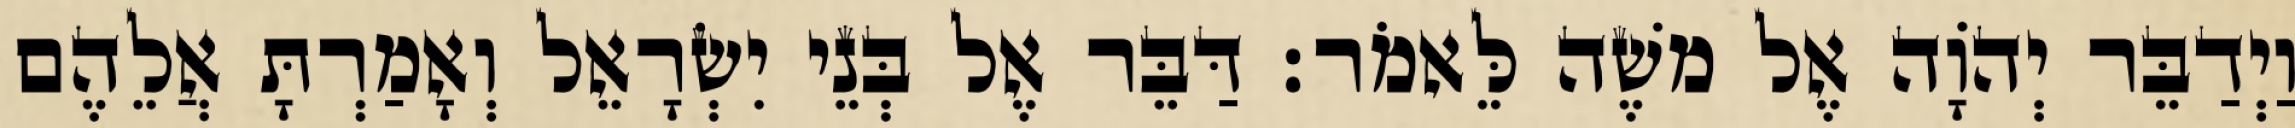
וַיְדַבֵּר יְהוָֹה אֶל משֶׁה לֵּאמֹר׃ דַּבֵּר אֶל בְּנֵי יִשְׂרָאֵל וְאָמַרְתָּ אֲלֵהֶם